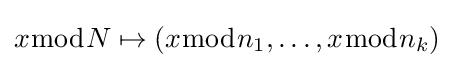
x{\bmod {N}}\mapsto (x{\bmod {n}}_{1},\ldots ,x{\bmod {n}}_{k})